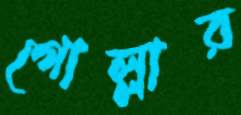
গোল্লার